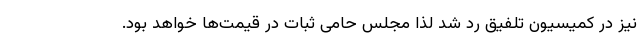
نیز در کمیسیون تلفیق رد شد لذا مجلس حامی ثبات در قیمت‌ها خواهد بود.